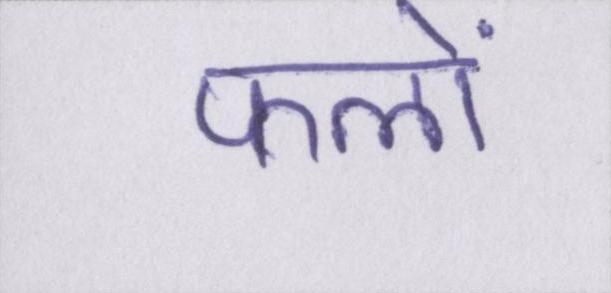
फलों